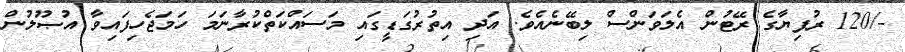
-/120 ރުފިޔާގެ ރޭޓުން އެލަވަންސް ލިބޭނެއެވެ. އަދި އިތުރުގަޑީގައި މަސައްކަތްކުރާނަމަ ހަމަޖެހިފައިވާ އުޞޫލުން